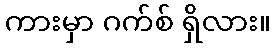
ကားမှာ ဂက်စ် ရှိလား။